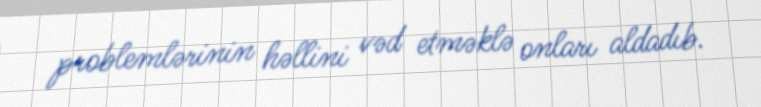
problemlərinin həllini vəd etməklə onları aldadıb.